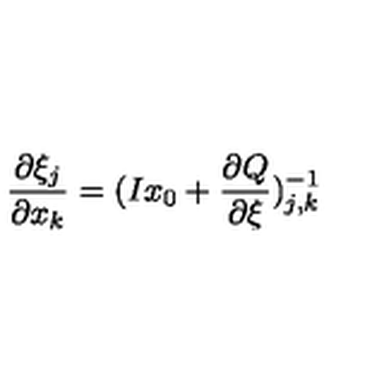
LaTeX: \frac { \partial \xi _ { j } } { \partial x _ { k } } = ( I x _ { 0 } + \frac { \partial Q } { \partial \xi } ) _ { j , k } ^ { - 1 }